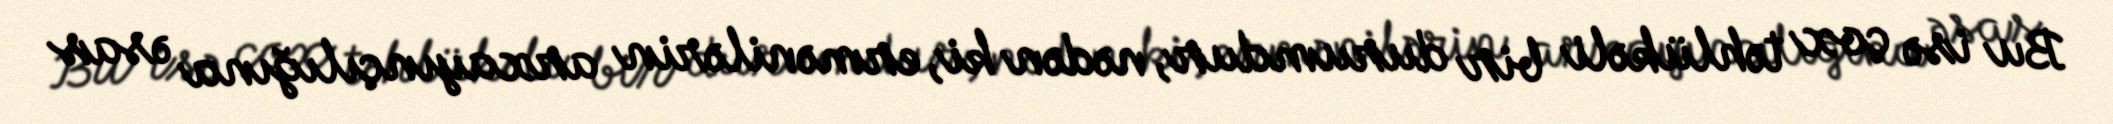
Bu isə çox təhlükəli bir durumdur, nədən ki, ermənilərin arxayınçılığına əsas